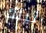
تيلك